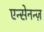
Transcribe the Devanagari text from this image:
एन्सेनन्ज़